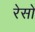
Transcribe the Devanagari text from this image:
रेसो